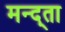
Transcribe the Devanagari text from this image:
मन्द्ता